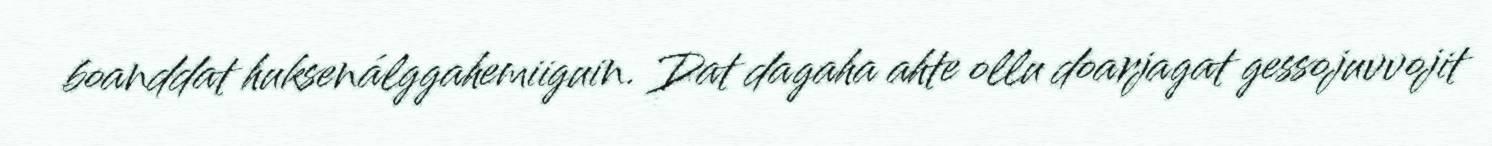
boanddat huksenálggahemiiguin. Dat dagaha ahte ollu doarjagat gessojuvvojit